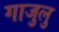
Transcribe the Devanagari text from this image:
गाजुलु